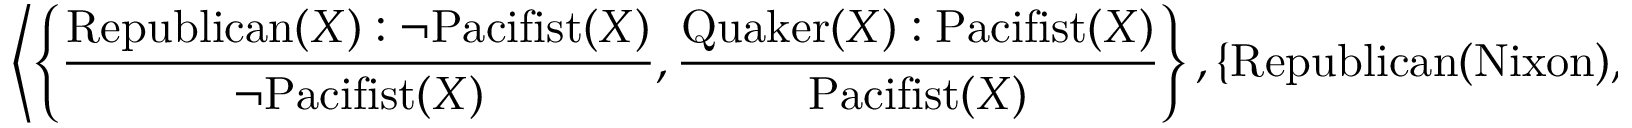
\left\langle \left\{ { \frac { \mathrm { R e p u b l i c a n } ( X ) : \neg \mathrm { P a c i f i s t } ( X ) } { \neg \mathrm { P a c i f i s t } ( X ) } } , { \frac { \mathrm { Q u a k e r } ( X ) : \mathrm { P a c i f i s t } ( X ) } { \mathrm { P a c i f i s t } ( X ) } } \right\} , \left\{ \mathrm { R e p u b l i c a n } ( \mathrm { N i x o n } ) , \mathrm { Q u a k e r } ( \mathrm { N i x o n } ) \right\} \right\rangle